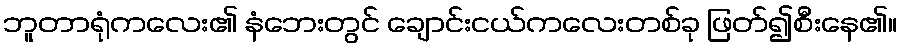
ဘူတာရုံကလေး၏ နံဘေးတွင် ချောင်းငယ်ကလေးတစ်ခု ဖြတ်၍စီးနေ၏။